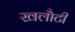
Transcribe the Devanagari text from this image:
खलौटी